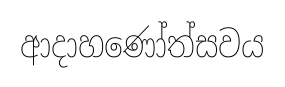
ආදාහණෝත්සවය